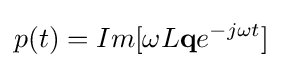
p(t)=Im[\omega L\mathbf {q} e^{-j\omega t}]\